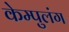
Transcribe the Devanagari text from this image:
केम्पुलंग